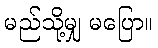
မည်သို့မျှ မပြော။